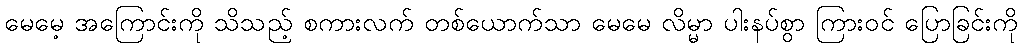
မေမေ့ အကြောင်းကို သိသည့် စကားလက် တစ်ယောက်သာ မေမေ လိမ္မာ ပါးနပ်စွာ ကြားဝင် ပြောခြင်းကို